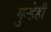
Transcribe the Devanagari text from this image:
गुन्हेही